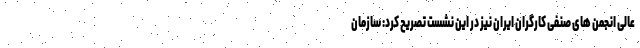
عالی انجمن های صنفی کارگران ایران نیز در این نشست تصریح کرد: سازمان